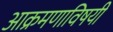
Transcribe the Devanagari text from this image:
आक्रमणाविषयी